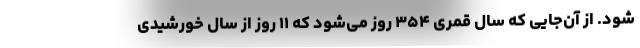
شود. از آن‌جایی که سال قمری ۳۵۴ روز می‌شود که ۱۱ روز از سال خورشیدی